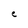
Character: C